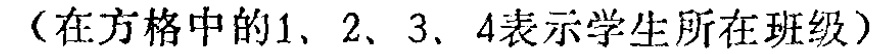
（在方格中的1、2、3、4表示学生所在班级）